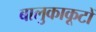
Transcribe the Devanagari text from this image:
बालुकाकूटों